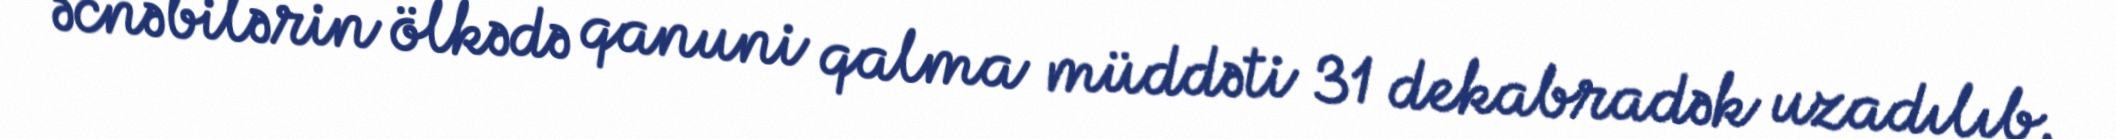
əcnəbilərin ölkədə qanuni qalma müddəti 31 dekabradək uzadılıb.